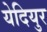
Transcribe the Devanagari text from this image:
येदियुर